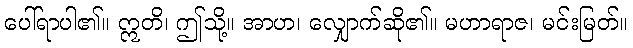
ပေါ်ရာပါ၏။ ဣတိ၊ ဤသို့။ အာဟ၊ လျှောက်ဆို၏။ မဟာရာဇ၊ မင်းမြတ်။